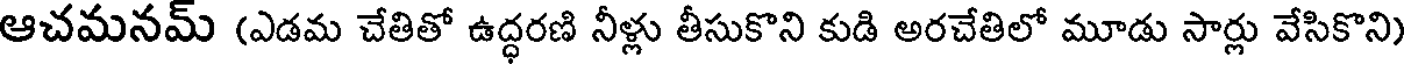
ఆచమనమ్ (ఎడమ చేతితో ఉద్ధరణి నీళ్లు తీసుకొని కుడి అరచేతిలో మూడు సార్లు వేసికొని)